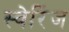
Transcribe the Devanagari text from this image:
स्वेरिंज